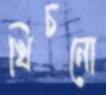
খিচনো